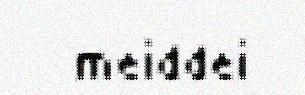
meiddei